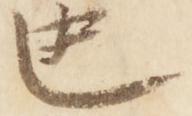
也